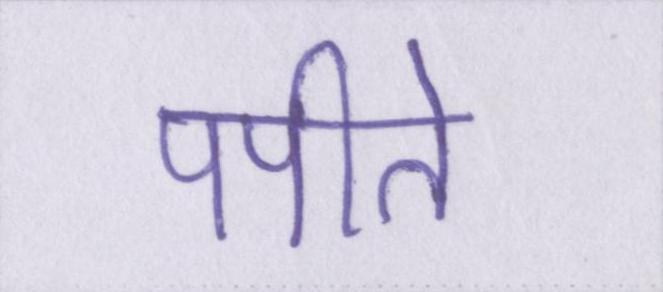
पपीते